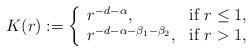
LaTeX: \begin{align*}K(r):=\left\{\begin{array}{lc}r^{-d-\alpha}, & \textrm{if } r\le 1, \\r^{-d-\alpha-\beta_1-\beta_2}, & \textrm{if } r> 1,\end{array}\right.\end{align*}